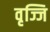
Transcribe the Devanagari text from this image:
वृज्जि